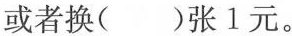
或者换()张1元。